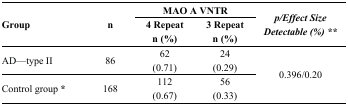
<table><thead><tr><td rowspan="2"><b>Group</b></td><td rowspan="2"><b>n</b></td><td colspan="2"><b>MAO A VNTR</b></td><td rowspan="2"><b><i>p/Effect Size Detectable (%) **</i></b></td></tr><tr><td><b>4 Repeatn (%)</b></td><td><b>3 Repeatn (%)</b></td></tr></thead><tbody><tr><td>AD—type II</td><td>86</td><td>62 (0.71)</td><td>24 (0.29)</td><td rowspan="2">0.396/0.20</td></tr><tr><td>Control group <b>*</b></td><td>168</td><td>112 (0.67)</td><td>56 (0.33)</td></tr></tbody></table>